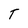
Character: T